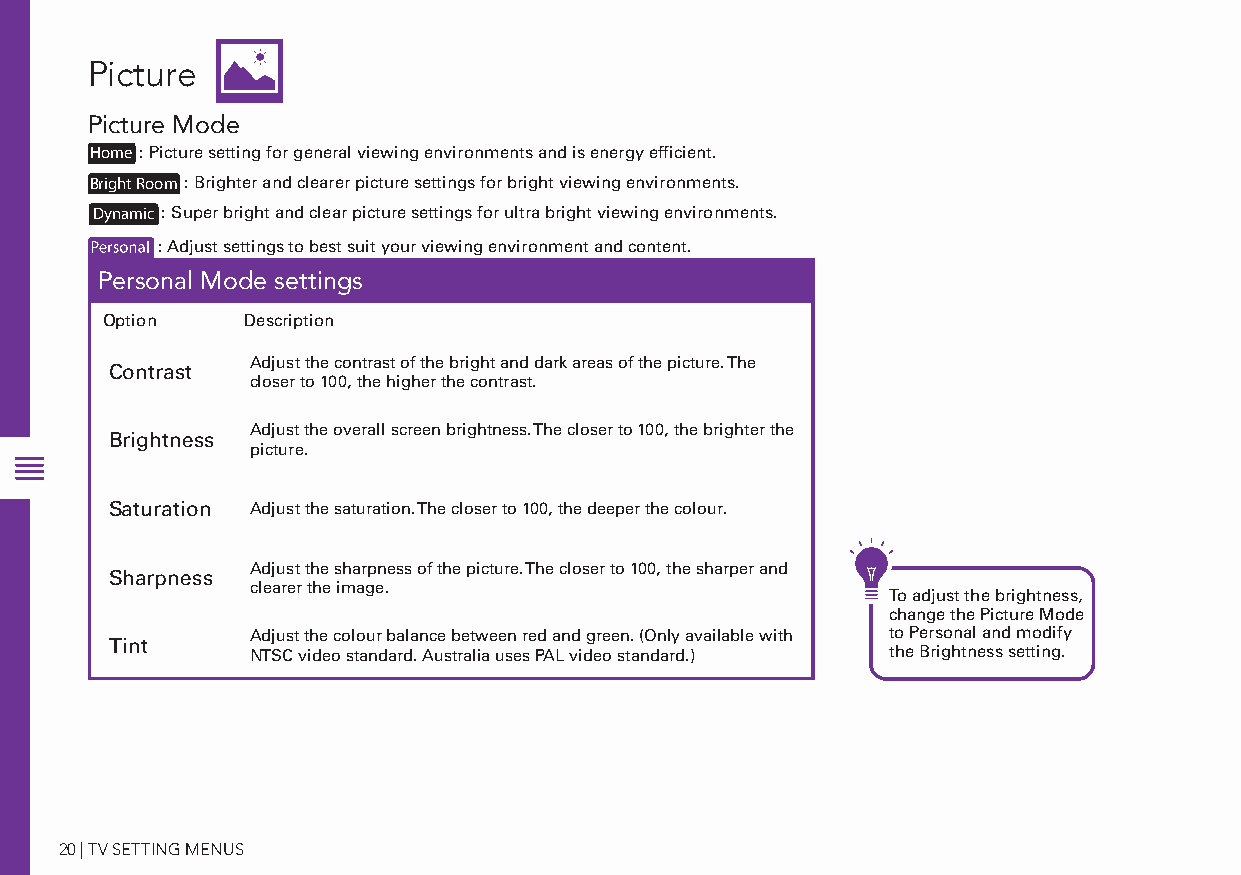
Picture
 Picture Mode
 HStaonmdared : Picture setting for general viewing environments and is energy efficient.
 BMrighot vRoioem : Brighter and clearer picture settings for bright viewing environments.
 :D y n a m i c : Super bright and clear picture settings for ultra bright viewing environments.
 User : Adjust settings to best suit your viewing environment and content.
 Personal Mode settings
 Option   Description
 Adjust the contrast of the bright and dark areas of the picture. The
 Contrast
 closer to 100, the higher the contrast.
 Adjust the overall screen brightness. The closer to 100, the brighter the
 Brightness
 picture.
 Saturation Adjust the saturation. The closer to 100, the deeper the colour.
 Adjust the sharpness of the picture. The closer to 100, the sharper and
 Sharpness
 clearer the image.
 To adjust the brightness,
 change the Picture Mode
 Adjust the colour balance between red and green. (Only available with to Personal and modify
 Tint
 NTSC video standard. Australia uses PAL video standard.) the Brightness setting.
 20 | TV SETTING MENUS